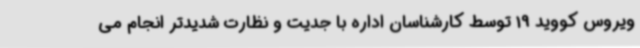
ویروس کووید 19 توسط کارشناسان اداره با جدیت و نظارت شدیدتر انجام می